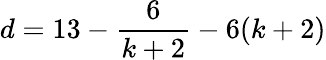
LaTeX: d=13-\frac{6}{k+2}-6(k+2)